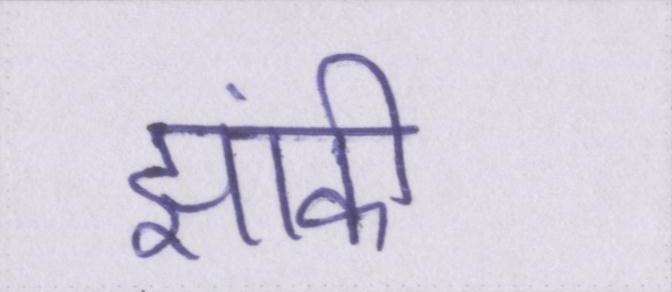
झांकी